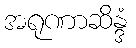
အရုဏာဆိန္ဒံ